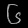
Digit: ၆